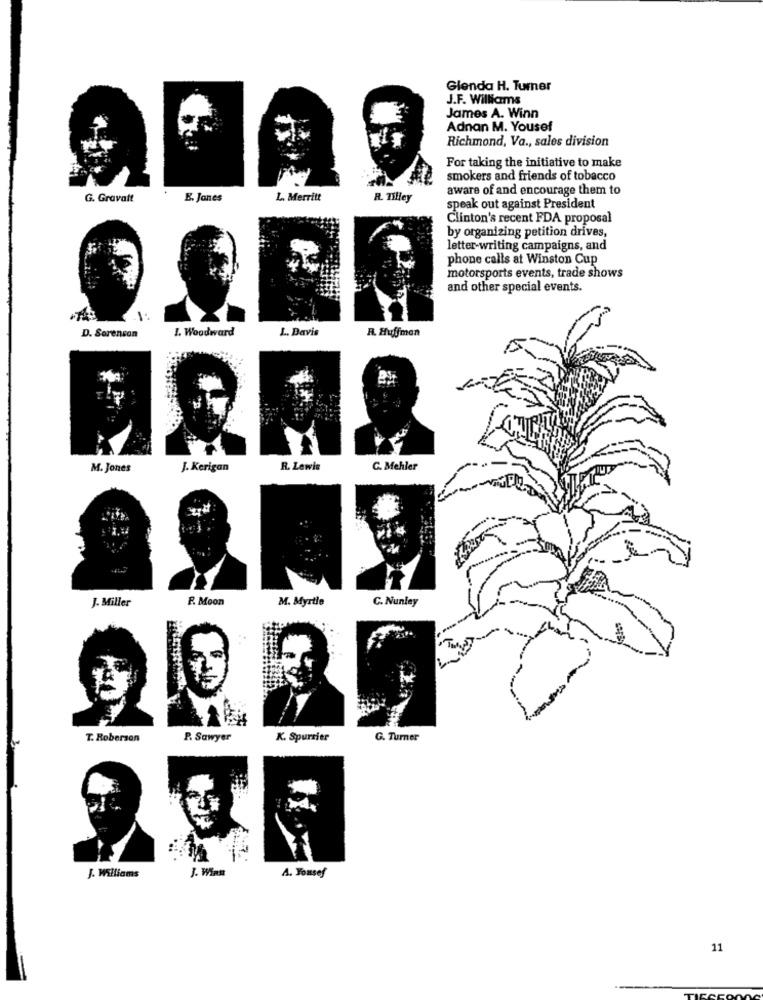
Glenda H. Turner
J.F. Williams
James A. Winn
Adnan M. Yousef
Richmond, Va ., sales division
For taking the initiative to make
smokers and friends of tobacco
aware of and encourage them to
G. Gravalt
E. Jones
L. Merritt
R. Tilley
speak out against President
Clinton's recent FDA proposal
by organizing petition drives,
letter-writing campaigns, and
phone calls at Winston Cup
motorsports events, trade shows
and other special events.
1.
D. Sorenson
I. Woodward
L. Davis
R. Huffman
M. Jones
J. Kerigan
R. Lewis
C. Mehler
J. Miller
R. Moon
M. Myrtle
C. Nunley
T. Roberson
P. Sawyer
K. Spurrier
G. Turner
J. Wins
A. Yousef
J. Williams
11